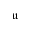
\boldsymbol { \mathfrak u }